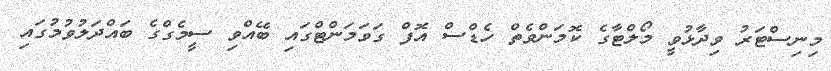
މިނިސްޓަރު ވިދާޅުވީ މޯލްޓާގެ ކޮމަންވެތް ހެޑްސް އޮފް ގަވަމަންޓްގައި ބޭއްވި ސީމެގްގެ ބައްދަލުވުމުގައި